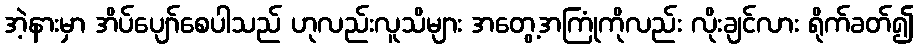
အဲ့နားမှာ အိပ်ပျော်စေပါသည် ဟုလည်းလူသိများ အတွေ့အကြုံကိုလည်း လိုးချင်လား ရိုက်ခတ်၍